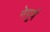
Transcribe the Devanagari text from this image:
नेपूर्ण